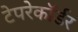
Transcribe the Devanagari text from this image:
टेपरेकॉर्डर